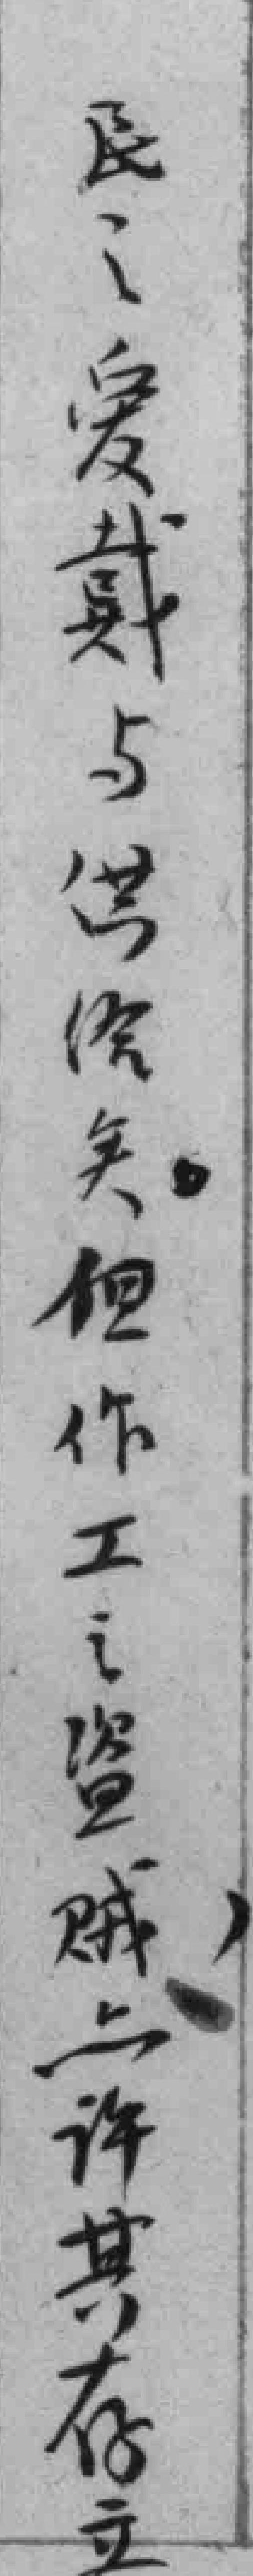
民之爱戴与供给矣。但作工之盗贼，*许其存立